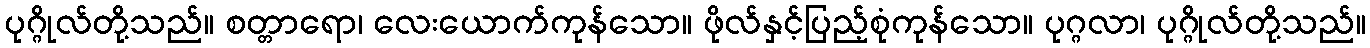
ပုဂ္ဂိုလ်တို့သည်။ စတ္တာရော၊ လေးယောက်ကုန်သော။ ဖိုလ်နှင့်ပြည့်စုံကုန်သော။ ပုဂ္ဂလာ၊ ပုဂ္ဂိုလ်တို့သည်။